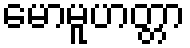
မောမူဟတ္တာ